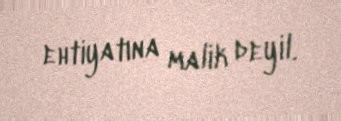
ehtiyatına malik deyil.